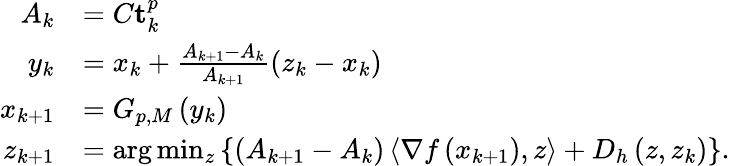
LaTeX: \begin{array}{rl}{A_{k}}&{=C\mathbf{t}_{k}^{p}}\\ {y_{k}}&{=x_{k}+\frac{A_{k+1}-A_{k}}{A_{k+1}}\left(z_{k}-x_{k}\right)}\\ {x_{k+1}}&{=G_{p,M}\left(y_{k}\right)}\\ {z_{k+1}}&{=\arg\operatorname*{min}_{z}\left\{ \left(A_{k+1}-A_{k}\right)\left\langle\nabla f\left(x_{k+1}\right),z\right\rangle+D_{h}\left(z,z_{k}\right)\right\} .}\end{array}